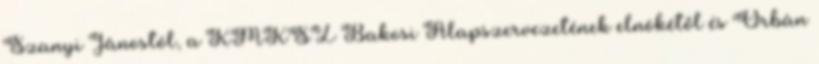
Szanyi Jánostól, a KMKSZ Bakosi Alapszervezetének elnökétől és Orbán